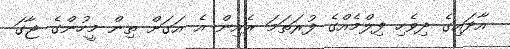
އާދައިގެ ދިވެހި ފިލްމެއްގެ ފުރަތަމަ ރެއިން އެ އަގަށް ތިން މީހުންގެ ޖާގަ